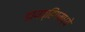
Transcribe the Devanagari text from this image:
डायव्हिंगमध्ये